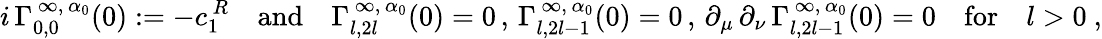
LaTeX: i\, \Gamma_{0,0}^{\, \infty,\, \alpha_{0}}(0):=-c_{1}^{\, R}\quad\mathrm{and}\quad\Gamma_{l,2l}^{\, \infty,\, \alpha_{0}}(0)=0\, ,\, \Gamma_{l,2l-1}^{\, \infty,\, \alpha_{0}}(0)=0\, ,\, \partial_{\mu}\, \partial_{\nu}\, \Gamma_{l,2l-1}^{\, \infty,\, \alpha_{0}}(0)=0\quad\mathrm{for}\quad l>0\ ,